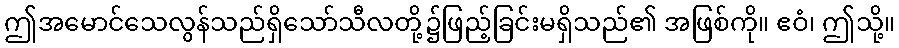
ဤအမောင်သေလွန်သည်ရှိသော်သီလတို့၌ဖြည့်ခြင်းမရှိသည်၏ အဖြစ်ကို။ ဧဝံ၊ ဤသို့။